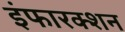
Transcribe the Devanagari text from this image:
इंफारक्शन